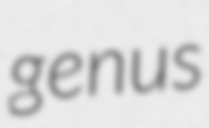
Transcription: genus